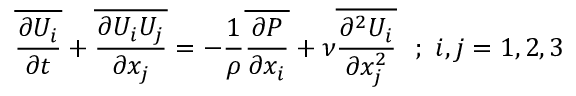
\overline { { { \frac { \partial U _ { i } } { \partial t } } } } + \overline { { { \frac { \partial U _ { i } U _ { j } } { \partial x _ { j } } } } } = - { \frac { 1 } { \rho } } \overline { { { \frac { \partial P } { \partial x _ { i } } } } } + \nu \overline { { { \frac { \partial ^ { 2 } U _ { i } } { \partial x _ { j } ^ { 2 } } } } } ~ ~ ; ~ i , j = 1 , 2 , 3